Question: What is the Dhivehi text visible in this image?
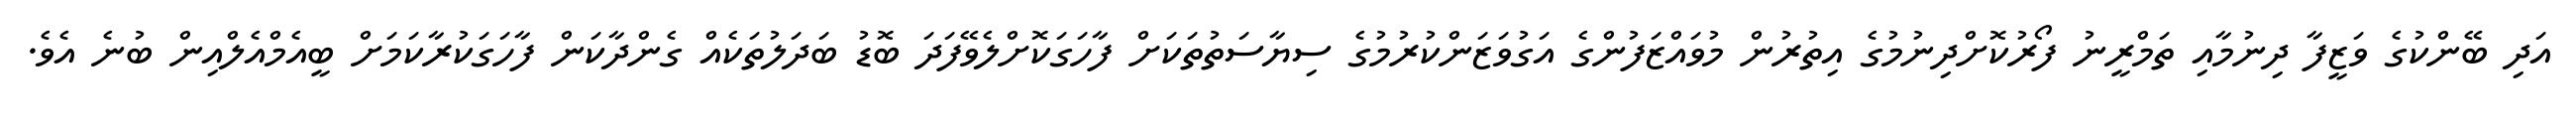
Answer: އަދި ބޭންކުގެ ވަޒީފާ ދިނުމާއި ތަމްރީނު ފޯރުކޮށްދިނުމުގެ އިތުރުން މުވައްޒަފުންގެ އަގުވަޒަންކުރުމުގެ ސިޔާސަތުތަކަށް ފާހަގަކޮށްލެވޭފަދަ ބޮޑު ބަދަލުތަކެއް ގެންދާކަން ފާހަގަކުރާކަމަށް ބީއެމްއެލްއިން ބުނެ އެވެ.